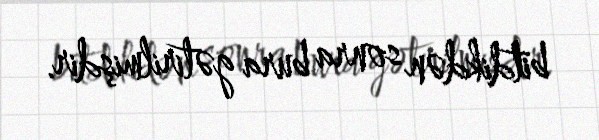
bitdikdən sonra bura gətirilmişdir.